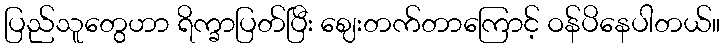
ပြည်သူတွေဟာ ရိက္ခာပြတ်ပြီး ဈေးတက်တာကြောင့် ဝန်ပိနေပါတယ်။